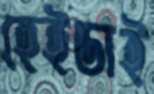
হেইডাই